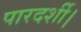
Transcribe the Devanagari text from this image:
पारदर्शी।